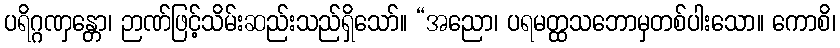
ပရိဂ္ဂဏှန္တော၊ ဉာဏ်ဖြင့်သိမ်းဆည်းသည်ရှိသော်။ “အညော၊ ပရမတ္ထသဘောမှတစ်ပါးသော။ ကောစိ၊